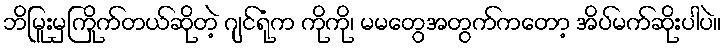
ဘိမြူးမှကြိုက်တယ်ဆိုတဲ့ ဂျင်ရုံက ကိုကို၊ မမတွေအတွက်ကတော့ အိပ်မက်ဆိုးပါပဲ။